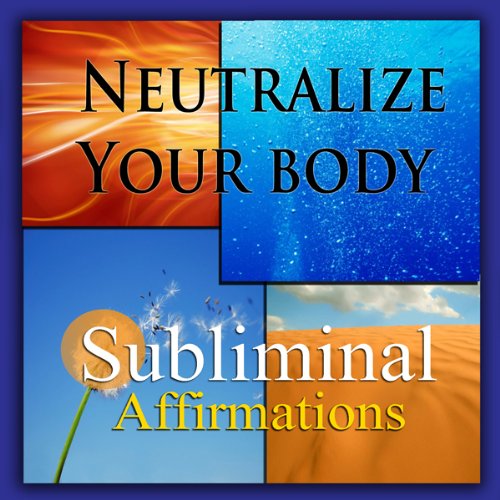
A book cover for Neutralize Your Body Subliminal Affirmations: Alkaline Diet & Eating Green, Solfeggio Tones, Binaural Beats, Self Help Meditation Hypnosis; Subliminal Hypnosis; Health, Fitness & Dieting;